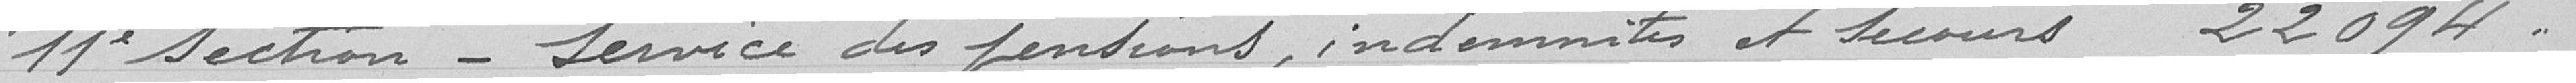
11° section - Service des pensions, indemnités et secours   22.094 francs